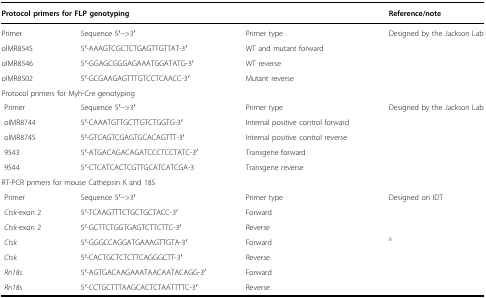
| <COLSPAN=3> Protocol primers for FLP genotyping | Reference/note |
 | --- | --- | --- | --- |
 | Primer | Sequence 5′-->3′ | Primer type | <ROWSPAN=4> Designed by the Jackson Lab |
 | olMR8545 | 5′-AAAGTCGCTCTGAGTTGTTAT-3′ | WT and mutant forward |
 | oIMR8546 | 5′-GGAGCGGGAGAAATGGATATG-3′ | WT reverse |
 | oIMR8502 | 5′-GCGAAGAGTTTGTCCTCAACC-3′ | Mutant reverse |
 | <COLSPAN=4> Protocol primers for Myh-Cre genotyping |
 | Primer | Sequence 5′-->3′ | Primer type | <ROWSPAN=5> Designed by the Jackson Lab |
 | oIMR8744 | 5′-CAAATGTTGCTTGTCTGGTG-3′ | Internal positive control forward |
 | oIMR8745 | 5′-GTCAGTCGAGTGCACAGTTT-3′ | Internal positive control reverse |
 | 9543 | 5′-ATGACAGACAGATCCCTCCTATC-3′ | Transgene forward |
 | 9544 | 5′-CTCATCACTCGTTGCATCATCGA-3 | Transgene reverse |
 | <COLSPAN=4> RT-PCR primers for mouse Cathepsin K and 18S |
 | Primer | Sequence 5′-->3′ | Primer type | <ROWSPAN=3> Designed on IDT |
 | Ctsk-exon 2 | 5′-TCAAGTTTCTGCTGCTACC-3′ | Forward |
 | Ctsk-exon 2 | 5′-GCTTCTGGTGAGTCTTCTTC-3′ | Reverse |
 | Ctsk | 5′-GGGCCAGGATGAAAGTTGTA-3′ | Forward | <ROWSPAN=4> 8 |
 | Ctsk | 5′-CACTGCTCTCTTCAGGGCTT-3′ | Reverse |
 | Rn18s | 5′-AGTGACAAGAAATAACAATACAGG-3′ | Forward |
 | Rn18s | 5′-CCTGCTTTAAGCACTCTAATTTTC-3′ | Reverse |